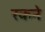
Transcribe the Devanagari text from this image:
रकने